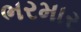
ભરમાર